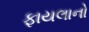
ફાયલાનો